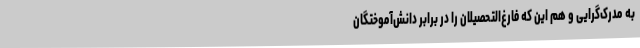
به مدرک‌گرایی و هم این که فارغ‌التحصیلان را در برابر دانش‌آموختگان